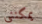
يمكنني